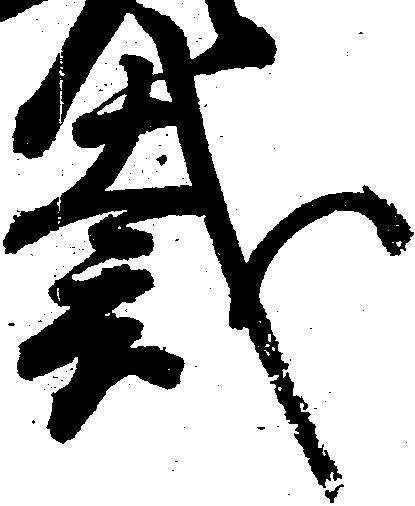
裁